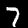
Label: 7